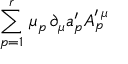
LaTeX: \sum _ { p = 1 } ^ { r } \, \mu _ { p } \, \partial _ { \mu } a _ { p } ^ { \prime } A _ { p } ^ { \prime \, \mu }